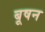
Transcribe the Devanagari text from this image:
बूषन